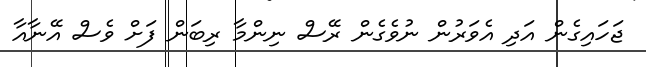
ޖަހައިގެން އަދި އެވަރުން ނުވެގެން ރޭސް ނިންމާ ރިބަން ފަށް ވެސް އޭނާއާ